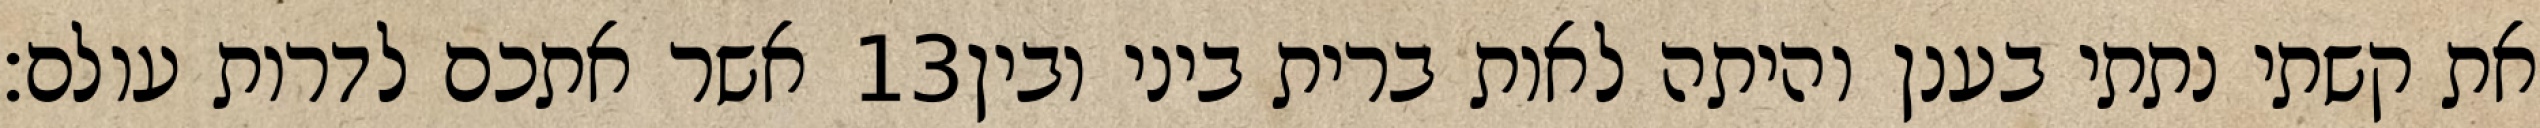
אשר אתכם לדרות עולם׃ ‎13‏ את קשתי נתתי בענן והיתה לאות ברית ביני ובין